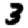
Digit: 3